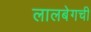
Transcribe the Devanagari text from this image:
लालबेगची